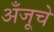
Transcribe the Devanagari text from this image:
अँजूचे